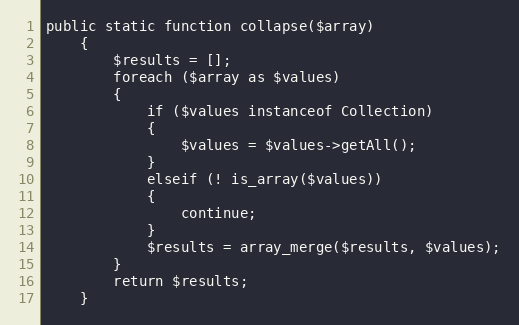
Language: PHP
public static function collapse($array)
	{
		$results = [];
		foreach ($array as $values)
		{
			if ($values instanceof Collection)
			{
				$values = $values->getAll();
			}
			elseif (! is_array($values))
			{
				continue;
			}
			$results = array_merge($results, $values);
		}
		return $results;
	}